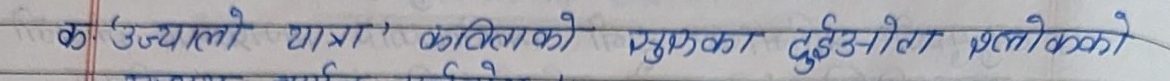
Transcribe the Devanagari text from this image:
क उज्यालो यात्रा कविताको पुसतक दुईओटा श्लोकको